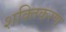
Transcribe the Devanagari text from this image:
शक्तिकरण